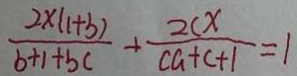
\frac { 2 \times ( 1 + b ) } { b + 1 + b c } + \frac { 2 c x } { c a + c + 1 } = 1